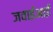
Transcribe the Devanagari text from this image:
जवाईआई